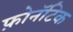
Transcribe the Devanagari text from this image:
फ़ोनॅटिक